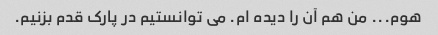
هوم... من هم آن را دیده ام. می توانستیم در پارک قدم بزنیم.